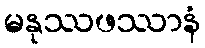
မနုဿဖဿာနံ